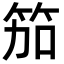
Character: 笳